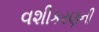
વશીકરણની